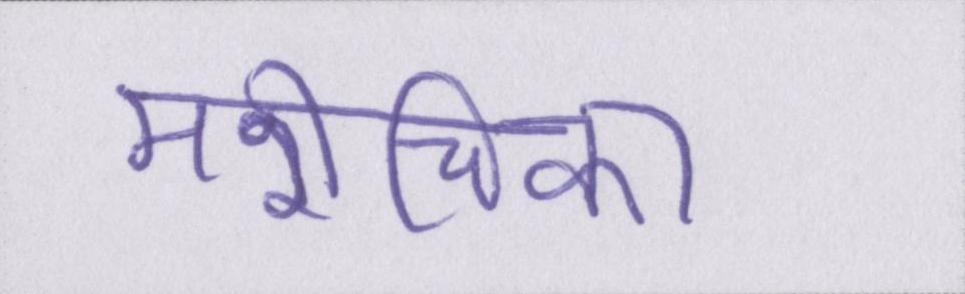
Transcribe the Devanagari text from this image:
मरीचिका